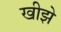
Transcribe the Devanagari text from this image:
खीझे